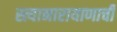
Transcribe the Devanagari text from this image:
स्त्यानारायाणाची